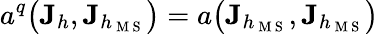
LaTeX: a^{q}\big(\mathbf{J}_{h},\mathbf{J}_{h_{\mathrm{~M~S~}}}\big)=a\big(\mathbf{J}_{h_{\mathrm{~M~S~}}},\mathbf{J}_{h_{\mathrm{~M~S~}}}\big)